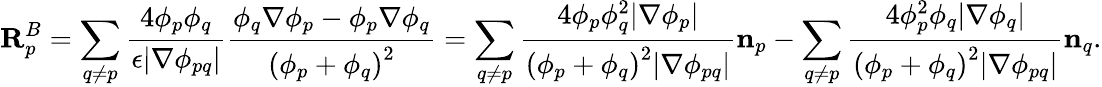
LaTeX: \mathbf{R}_{p}^{B}=\sum_{q\neq p}\frac{4\phi_{p}\phi_{q}}{\epsilon|\nabla\phi_{pq}|}\frac{\phi_{q}\nabla\phi_{p}-\phi_{p}\nabla\phi_{q}}{\left(\phi_{p}+\phi_{q}\right)^{2}}=\sum_{q\neq p}\frac{4\phi_{p}\phi_{q}^{2}|\nabla\phi_{p}|}{\left(\phi_{p}+\phi_{q}\right)^{2}|\nabla\phi_{pq}|}\mathbf{n}_{p}-\sum_{q\neq p}\frac{4\phi_{p}^{2}\phi_{q}|\nabla\phi_{q}|}{\left(\phi_{p}+\phi_{q}\right)^{2}|\nabla\phi_{pq}|}\mathbf{n}_{q}.